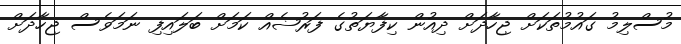
މުސްލިމު ގައުމުތަކަށް ޖިހާދަށް ދިއުން ކިފާޔަތުގެ ފަރުޟެއް ކަމަށް ބަލައިފި ނަމަވެސް ޖިހާދަށް